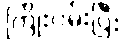
ကြိုးပမ်းပြီး